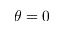
\theta = 0